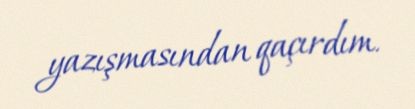
yazışmasından qaçırdım.